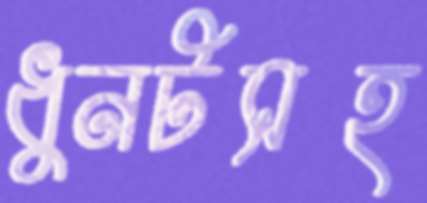
ধুনটসহ